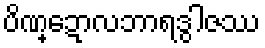
ပိဏ္ဍောလဘာရဒွါဇဿ